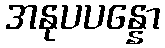
အနုပပန္နော